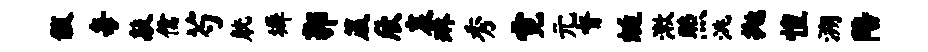
黻每敲儒芍觥墀郭箴欣哀琳秀霓元督蜓漱照洮抛惶溯陪